Civil Veterinary Department Bihar & Orissa reports 1929-36 - 1929-1936
Year: 1929
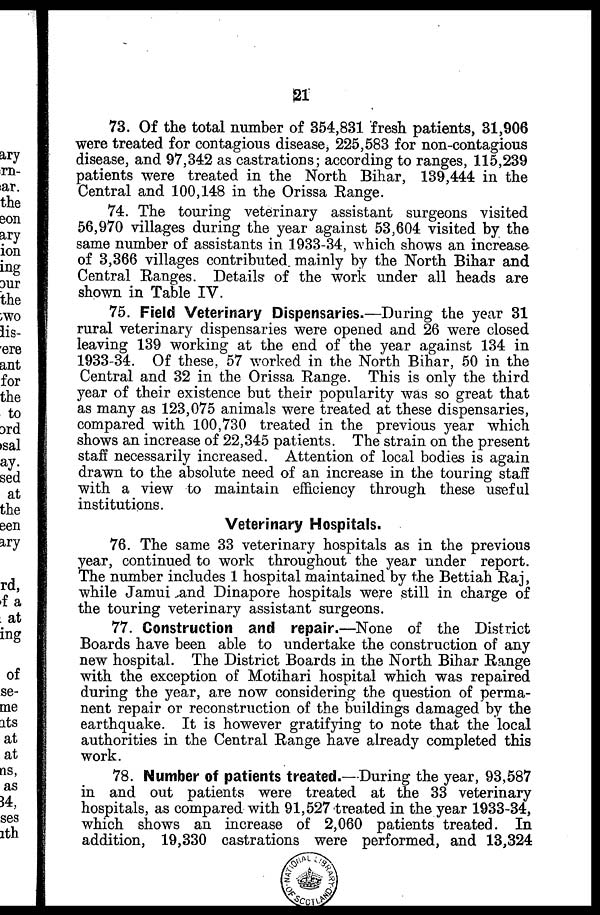
21
73. Of the total number of 354,831 fresh patients, 31,906
were treated for contagious disease, 225,583 for non-contagious
disease, and 97,342 as castrations; according to ranges, 115,239
patients were treated in the North Bihar, 139,444 in the
Central and 100,148 in the Orissa Range.
74. The touring veterinary assistant surgeons visited
56,970 villages during the year against 53,604 visited by the
same number of assistants in 1933-34, which shows an increase
of 3,366 villages contributed mainly by the North Bihar and
Central Ranges. Details of the work under all heads are
shown in Table IV.
75. Field Veterinary Dispensaries.—During the year 31
rural veterinary dispensaries were opened and 26 were closed
leaving 139 working at the end of the year against 134 in
1933-34. Of these, 57 worked in the North Bihar, 50 in the
Central and 32 in the Orissa Range. This is only the third
year of their existence but their popularity was so great that
as many as 123,075 animals were treated at these dispensaries,
compared with 100,730 treated in the previous year which
shows an increase of 22,345 patients. The strain on the present
staff necessarily increased. Attention of local bodies is again
drawn to the absolute need of an increase in the touring staff
with a view to maintain efficiency through these useful
institutions.
Veterinary Hospitals.
76. The same 33 veterinary hospitals as in the previous
year, continued to work throughout the year under report.
The number includes 1 hospital maintained by the Bettiah Raj,
while Jamui and Dinapore hospitals were still in charge of
the touring veterinary assistant surgeons.
77. Construction and repair.—None of the District
Boards have been able to undertake the construction of any
new hospital. The District Boards in the North Bihar Range
with the exception of Motihari hospital which was repaired
during the year, are now considering the question of perma-
nent repair or reconstruction of the buildings damaged by the
earthquake. It is however gratifying to note that the local
authorities in the Central Range have already completed this
work.
78. Number of patients treated.—During the year, 93,587
in and out patients were treated at the 33 veterinary
hospitals, as compared with 91,527 treated in the year 1933-34,
which shows an increase of 2,060 patients treated. In
addition, 19,330 castrations were performed, and 13,324